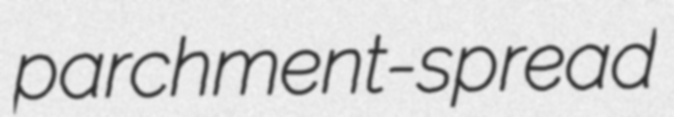
parchment-spread